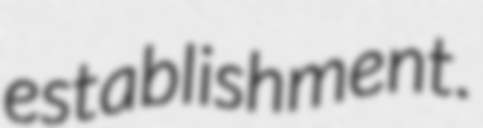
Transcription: establishment.